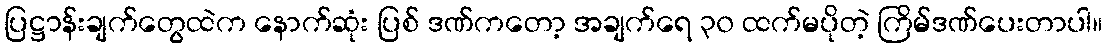
ပြဋ္ဌာန်းချက်တွေထဲက နောက်ဆုံး ပြစ် ဒဏ်ကတော့ အချက်ရေ ၃၀ ထက်မပိုတဲ့ ကြိမ်ဒဏ်ပေးတာပါ။